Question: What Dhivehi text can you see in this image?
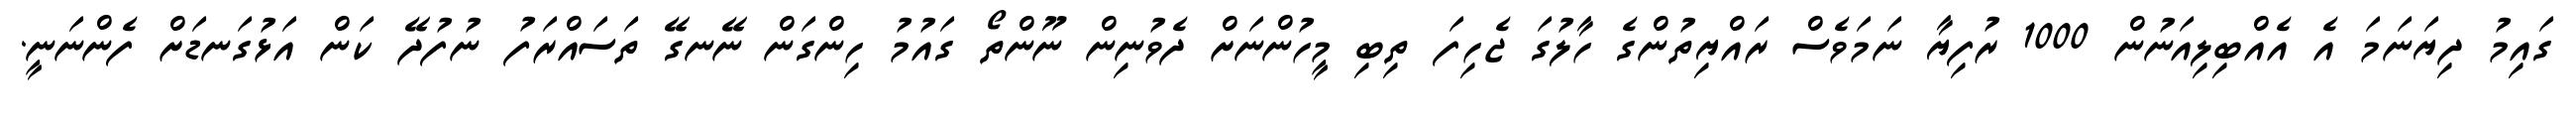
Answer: ގައިމު ދިޔަނަމަ އެ އެއްބިލިއަނުން 1000 ރުފިޔާ ނަމަވެސް ރައްޔިތުންގެ ހާލުގަ ޖެހިފަ ތިބި މީހުންނަށް ދެވުނިން ނޫންތޯ ގައުމު ހިންގަން ނޭނގޭ ތަސައްރަފު ނުފުދޭ ކަން އަޅުގަނޑަށް ފެންނަނީ.